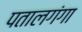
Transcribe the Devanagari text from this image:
पतालगंगा